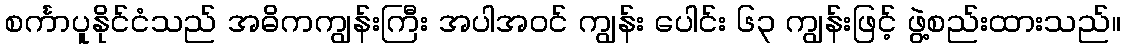
စင်္ကာပူနိုင်ငံသည် အဓိကကျွန်းကြီး အပါအဝင် ကျွန်း ပေါင်း ၆၃ ကျွန်းဖြင့် ဖွဲ့စည်းထားသည်။